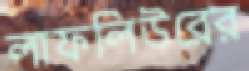
লাফলিউরের